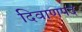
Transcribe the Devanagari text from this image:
दिवाणपद